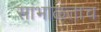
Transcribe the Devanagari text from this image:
सांभाळताच